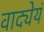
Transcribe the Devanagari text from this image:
वाद्येयं